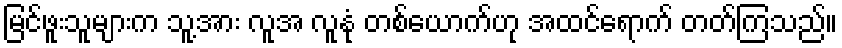
မြင်ဖူးသူများက သူ့အား လူအ လူနုံ တစ်ယောက်ဟု အထင်ရောက် တတ်ကြသည်။